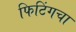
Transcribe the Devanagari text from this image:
फिटिंगचा